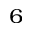
_ { 6 }